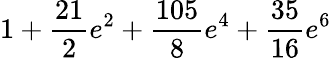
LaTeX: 1+\frac{21}{2}e^{2}+\frac{105}{8}e^{4}+\frac{35}{16}e^{6}